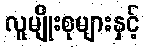
လူမျိုးစုများနှင့်